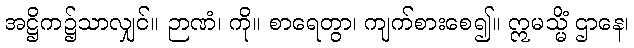
အဋ္ဌိက၌သာလျှင်။ ဉာဏံ၊ ကို။ စာရေတွာ၊ ကျက်စားစေ၍။ ဣမသ္မိံ ဌာနေ၊